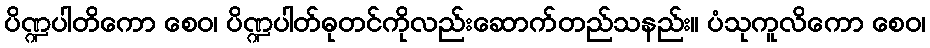
ပိဏ္ဍပါတိကော စေဝ၊ ပိဏ္ဍပါတ်ဓုတင်ကိုလည်းဆောက်တည်သနည်း။ ပံသုကူလိကော စေဝ၊